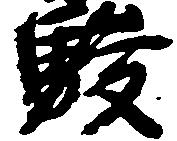
駿